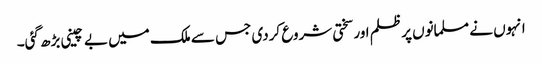
انہوں نے مسلمانوں پر ظلم اور سختی شروع کردی جس سے ملک میں بے چینی بڑھ گئی۔